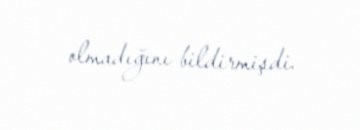
olmadığını bildirmişdi.